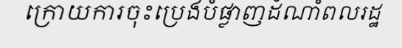
ក្រោយការចុះប្រេងបំផ្លាញដំណាំពលរដ្ឋ